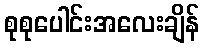
စုစုပေါင်းအလေးချိန်